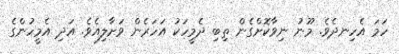
ހަމަ އެހިނދެވެ. މޫނު ނިވާކޮށްގެން ތިބި ދެމީހަކު އަހަރެން ވަށާލިއެވެ. އަދި އެމީހުންގެ